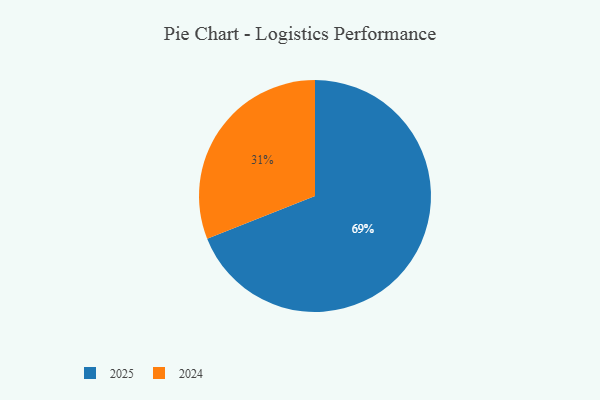
{"axis": {"x": "Category", "y": "Percentage"}, "legend": ["2024", "2025"], "data": [{"x": "2024", "y": 31, "type": "2024"}, {"x": "2025", "y": 69, "type": "2025"}]}